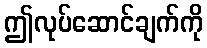
ဤလုပ်ဆောင်ချက်ကို